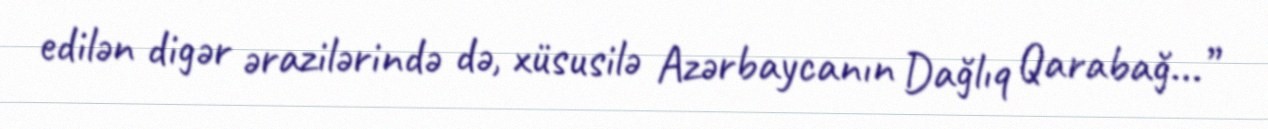
edilən digər ərazilərində də, xüsusilə Azərbaycanın Dağlıq Qarabağ...”